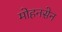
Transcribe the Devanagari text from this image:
मोहनसेन